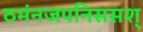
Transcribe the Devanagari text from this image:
ठमंनजपनिससश्